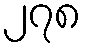
၂၇၈